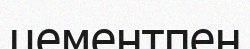
цементпен